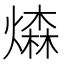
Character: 𤏗